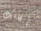
إيقافك